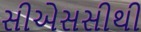
સીએસસીથી